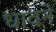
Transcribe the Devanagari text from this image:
धावने